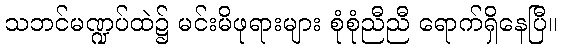
သဘင်မဏ္ဍပ်ထဲ၌ မင်းမိဖုရားများ စုံစုံညီညီ ရောက်ရှိနေပြီ။